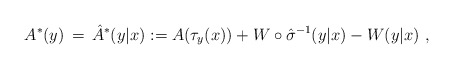
\begin{align*}A^* (y)\,=\,\hat{A}^*(y|x) := A(\tau_y(x)) + W \circ \hat{\sigma}^{-1} (y|x) - W(y|x) \ ,\end{align*}